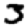
Digit: 3